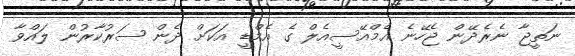
ނަތީޖާ ނެރެދޭން ޖެހޭނެ އެމްއޭސީއެލް ގެ އެމްޑީ އަކަށް ދެން ސަރުކާރުން ލައްވާ